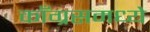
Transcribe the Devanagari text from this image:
काँग्रसमध्ये